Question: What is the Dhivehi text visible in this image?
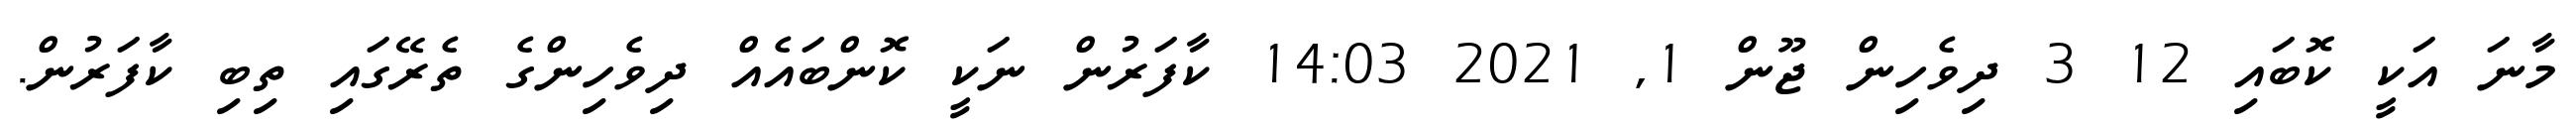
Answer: މާނަ އަކީ ކޮބައި 12 3 ދިވެހިން ޖޫން 1, 2021 14:03 ކާފަރުން ނަކީ ކޮންބައެއް ދިވެހިންގެ ތެރޭގައި ތިބި ކާފަރުން.